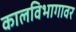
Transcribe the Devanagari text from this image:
कालविभागावर